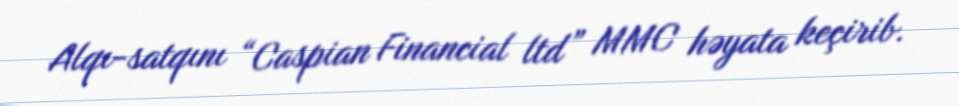
Alqı-satqını “Caspian Financial ltd” MMC həyata keçirib.